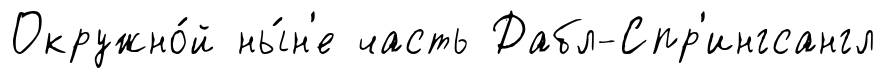
Окружно́й ны́н'е часть Дабл-Спр'ингсангл